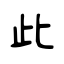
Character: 此